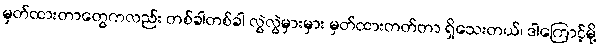
မှတ်ထားတာတွေကလည်း တစ်ခါတစ်ခါ လွဲလွဲမှားမှား မှတ်ထားတတ်တာ ရှိသေးတယ်၊ ဒါကြောင့်မို့